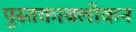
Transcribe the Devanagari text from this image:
पुस्तकावलोकन